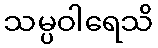
သမ္ပဝါရေသိ